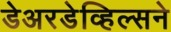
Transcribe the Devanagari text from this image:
डेअरडेव्हिल्सने